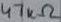
Text: 47kΩ